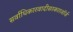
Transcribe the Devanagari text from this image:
सर्वाधिकारवादीसरकारजॉर्ज